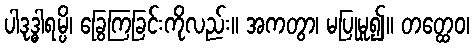
ပါဒုဒ္ဓါရမ္ပိ၊ ခြွေကြခြင်းကိုလည်း။ အကတွာ၊ မပြုမူ၍။ တတ္ထေဝ၊